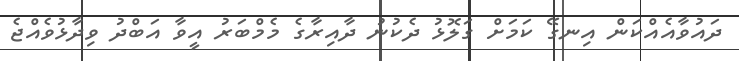
ދައުވާއެއްކަން އިނގޭ ކަމަށް ގަލޮޅު ދެކުނު ދާއިރާގެ މެމްބަރު އީވާ އަބްދު ވިދާޅުވެއްޖެ